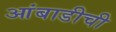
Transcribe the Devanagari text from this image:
आंबाडीची